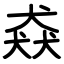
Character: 猋